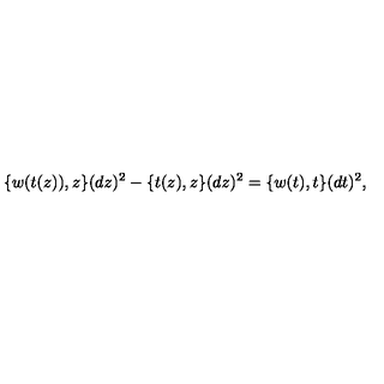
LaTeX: \{ w ( t ( z ) ) , z \} ( d z ) ^ { 2 } - \{ t ( z ) , z \} ( d z ) ^ { 2 } = \{ w ( t ) , t \} ( d t ) ^ { 2 } ,